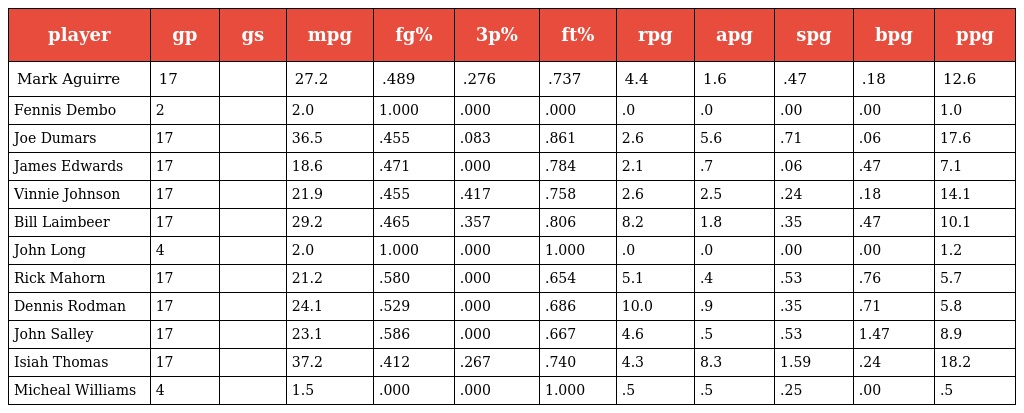
| player | gp | gs | mpg | fg% | 3p% | ft% | rpg | apg | spg | bpg | ppg |
 | --- | --- | --- | --- | --- | --- | --- | --- | --- | --- | --- | --- |
 | Mark Aguirre | 17 |  | 27.2 | .489 | .276 | .737 | 4.4 | 1.6 | .47 | .18 | 12.6 |
 | Fennis Dembo | 2 |  | 2.0 | 1.000 | .000 | .000 | .0 | .0 | .00 | .00 | 1.0 |
 | Joe Dumars | 17 |  | 36.5 | .455 | .083 | .861 | 2.6 | 5.6 | .71 | .06 | 17.6 |
 | James Edwards | 17 |  | 18.6 | .471 | .000 | .784 | 2.1 | .7 | .06 | .47 | 7.1 |
 | Vinnie Johnson | 17 |  | 21.9 | .455 | .417 | .758 | 2.6 | 2.5 | .24 | .18 | 14.1 |
 | Bill Laimbeer | 17 |  | 29.2 | .465 | .357 | .806 | 8.2 | 1.8 | .35 | .47 | 10.1 |
 | John Long | 4 |  | 2.0 | 1.000 | .000 | 1.000 | .0 | .0 | .00 | .00 | 1.2 |
 | Rick Mahorn | 17 |  | 21.2 | .580 | .000 | .654 | 5.1 | .4 | .53 | .76 | 5.7 |
 | Dennis Rodman | 17 |  | 24.1 | .529 | .000 | .686 | 10.0 | .9 | .35 | .71 | 5.8 |
 | John Salley | 17 |  | 23.1 | .586 | .000 | .667 | 4.6 | .5 | .53 | 1.47 | 8.9 |
 | Isiah Thomas | 17 |  | 37.2 | .412 | .267 | .740 | 4.3 | 8.3 | 1.59 | .24 | 18.2 |
 | Micheal Williams | 4 |  | 1.5 | .000 | .000 | 1.000 | .5 | .5 | .25 | .00 | .5 |